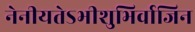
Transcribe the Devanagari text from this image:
नेनीयतेऽभीशुभिर्वाजिन